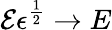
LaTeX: \mathcal{E}\epsilon^{\frac{1}{2}}\rightarrow E